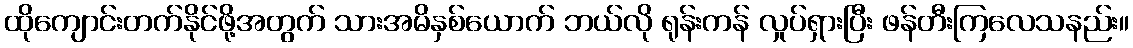
ထိုကျောင်းတက်နိုင်ဖို့အတွက် သားအမိနှစ်ယောက် ဘယ်လို ရုန်းကန် လှုပ်ရှားပြီး ဖန်တီးကြလေသနည်း။